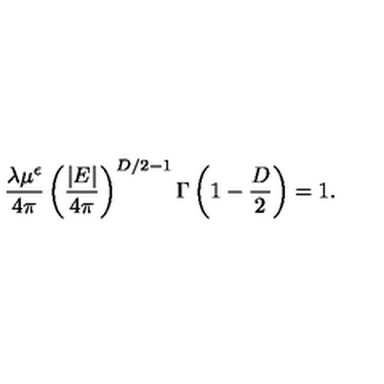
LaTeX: \frac { \lambda \mu ^ { \epsilon } } { 4 \pi } \left( \frac { | E | } { 4 \pi } \right) ^ { { D } / 2 - 1 } \Gamma \left( 1 - \frac { D } { 2 } \right) = 1 .